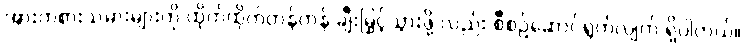
အားကစားသမားများကို ထိုက်ထိုက်တန်တန် ချီးမြှင့်သွားဖို့ လည်း စီစဉ်ဆောင်ရွက်လျက် ရှိပါတယ်။